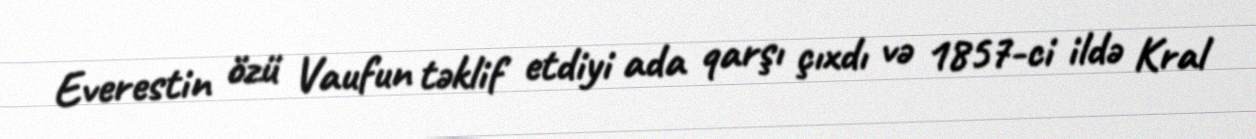
Everestin özü Vaufun təklif etdiyi ada qarşı çıxdı və 1857-ci ildə Kral